Report of the King Institute of Preventive Medicine, Guindy
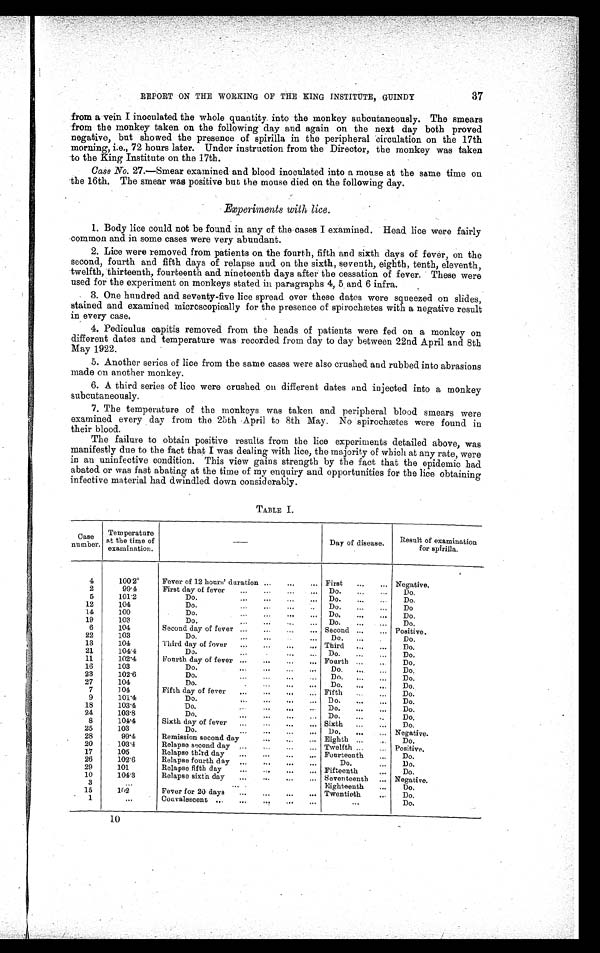
REPORT ON THE WORKING OF THE KING INSTITUTE, GUINDY
37
from a vein I inoculated the whole quantity into the monkey subcutaneously. The smears
from the monkey taken on the following day and again on the next day both proved
negative, but showed the presence of spirilla in the peripheral circulation on the 17th
morning, i.e., 72 hours later. Under instruction from the Director, the monkey was taken
to the King Institute on the 17th.
Case No. 27.—Smear examined and blood inoculated into a mouse at the same time on
the 16th. The smear was positive but the mouse died on the following day.
Experiments with lice.
1. Body lice could not be found in any of the cases I examined. Head lice were fairly
common and in some cases were very abundant.
2. Lice were removed from patients on the fourth, fifth and sixth days of fever, on the
second, fourth and fifth days of relapse and on the sixth, seventh, eighth, tenth, eleventh,
twelfth, thirteenth, fourteenth and nineteenth days after the cessation of fever. These were
used for the experiment on monkeys stated in paragraphs 4, 5 and 6 infra.
3. One hundred and seventy-five lice spread over these dates were squeezed on slides,
stained and examined microscopically for the presence of spirochætes with a negative result
in every case.
4. Pediculus capitis removed from the heads of patients wore fed on a monkey on
different dates and temperature was recorded from day to day between 22nd April and 8th
May 1922.
5. Another series of lice from the same cases were also crushed and rubbed into abrasions
made on another monkey.
6. A third series of lice were crushed on different dates and injected into a monkey
subcutaneously.
7. The temperature of the monkeys was taken and peripheral blood smears were
examined every day from the 25th April to 8th May. No spirochætes were found in
their blood.
The failure to obtain positive results from the lice experiments detailed above, was
manifestly due to the fact that I was dealing with lice, the majority of which at any rate, were
in an uninfective condition. This view gains strength by the fact that the epidemic had
abated or was fast abating at the time of my enquiry and opportunities for the lice obtaining
infective material had dwindled down considerably.
TABLE I.
Case
number.
Temperature
at the time of
examination.
—
Day of disease. Result of examination
for spirilla.
4
100.2º
Fever of 12 hours' duration ... ... ... First ... ... Negative.
2
99.4
First day of fever . . .
. . .
Do.
... Do.
5
101.2
Do.
... ... ... ... Do. ... ... Do.
12
104
Do. ... ... ..
Do. ... ...
Do
14
100
Do.
... ... .. .. Do. ... ... Do.
19
103
Do. .... ... ...
Do. ... ... Do.
6
104
Second day of fever ... ... .. ... Second ... ... Positive.
22
103
Do.
... ...
Do.
Do.
13
104
Third day of fever ... ... ... .. Third ... ... Do.
21
104.4
Do.
... ... ...
Do. ... ... Do.
11
102.4
Fourth day of fever ... ... ... .. Fourth ...
Do.
16
103
Do.
...
.. ... ...
Do. ... ...
D o .
23
102.6
Do.
... ... ...
Do. ... ... Do.
27
104
Do.
. ... ... ...
Do. ..
... Do.
7
104
Fifth day of fever ... ... ... ...
Fifth
... Do.
9
101.4
Do.
Do.
Do.
18
103.4
Do.
.. ... .. Do. ... ... Do.
24
103.8
Do.
... ...
...
Do. ..
. .
D o .
8
104.4
Sixth day of fever ... ... ... ...
Sixth ... ... Do.
25
103
Do.
Do.
Negative.
28
99.4
Remission second day
... .. .. Eighth . . .
Do.
20
103.4
Relapse second day .. ...
... Twelfth ... ... P o s i t i v e .
17
105
Relapse third day ... ... ... ... Fourteenth
Do.
26
102.6
Relapse fourth day ... ... ... ...
Do.
...
Do.
29
101
Relapse fifth day
... ... ... ... Fifteenth
... Do.
10
104.3
Relapse sixth day ...
... ..
... Seventeenth ... Negative.
3
...
...
Eighteenth ... Do.
15
102
Fever for 20 days ... .. ... ... Twentieth
... Do.
1
...
Convalescent ... ...
... ..
. . .
Do.
10